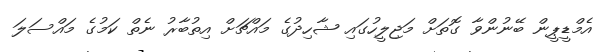
އެމްޑީޕީން ބޭނުންވާ ގޮތަށް މަޖިލީހުގައި ޝާހިދުގެ މައްޗަށް އިތުބާރު ނެތް ކަމުގެ މައްސަލަ